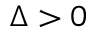
\Delta > 0